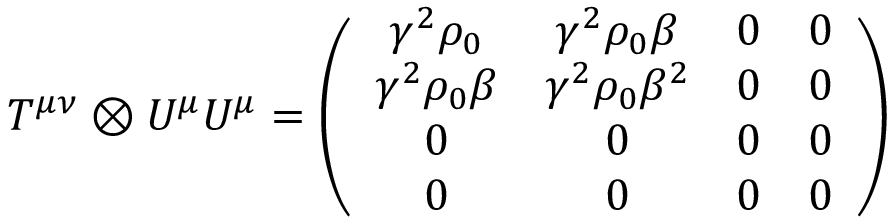
T ^ { \mu \nu } \otimes U ^ { \mu } U ^ { \mu } = \left( \begin{array} { c c c c } { \gamma ^ { 2 } \rho _ { 0 } } & { \gamma ^ { 2 } \rho _ { 0 } \beta } & { 0 } & { 0 } \\ { \gamma ^ { 2 } \rho _ { 0 } \beta } & { \gamma ^ { 2 } \rho _ { 0 } \beta ^ { 2 } } & { 0 } & { 0 } \\ { 0 } & { 0 } & { 0 } & { 0 } \\ { 0 } & { 0 } & { 0 } & { 0 } \end{array} \right)